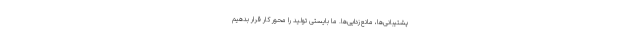
پشتیبانی‌ها، مانع‌زدایی‌ها. ما بایستی تولید را محور کار قرار بدهیم